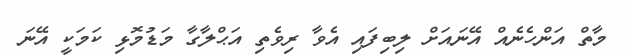
މާތް އަންހެނެއް އޭނައަށް ލިބިފައި އެވާ ރިވެތި އަޙްލާގާ މަޑުމޮޅި ކަމަކީ އޭނަ